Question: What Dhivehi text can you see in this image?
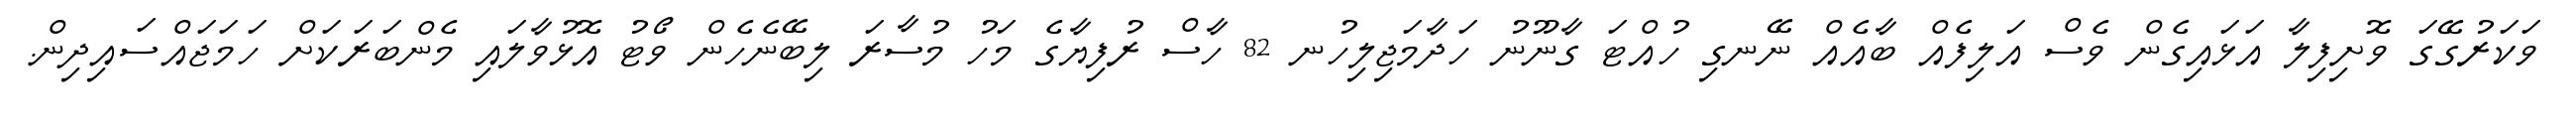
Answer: ވަކަރުގޭގަ ވޮށިފިލާ އަޅައިގެން ވެސް އަލިފެއް ބާއެއް ނޭނގި ހުއްޓަ ގާނޫނު ހަދާމަޖިލިހުނ 82 ހާސް ރުފިޔާގެ މަހު މުސާރަ ލިބޭނެހެން ވޯޓު އޮޅުވާލައި މެންބަރަކަށް ހަމަޖައްސައިދިން.